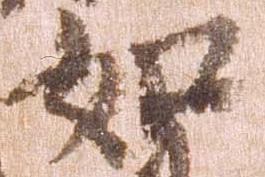
如